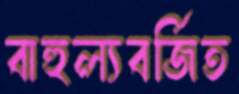
বাহুল্যবর্জিত